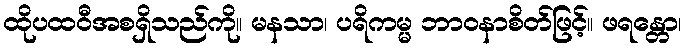
ထိုပထဝီအစရှိသည်ကို။ မနသာ၊ ပရိကမ္မ ဘာဝနာစိတ်ဖြင့်။ ဖရန္တော၊